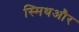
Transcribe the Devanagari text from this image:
स्मिथऔर